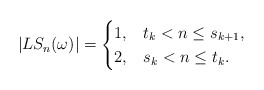
\begin{align*}|LS_n(\omega)| = \begin{cases}1, & t_k < n \leq s_{k+1},\\2, & s_k < n \leq t_k.\end{cases}\end{align*}